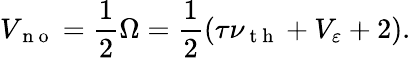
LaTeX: V_{\mathrm{~n~o~}}=\frac{1}{2}\Omega=\frac{1}{2}\left(\tau\nu_{\mathrm{~t~h~}}+V_{\varepsilon}+2\right).